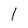
Character: 1